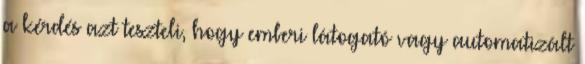
a kérdés azt teszteli, hogy emberi látogató vagy automatizált